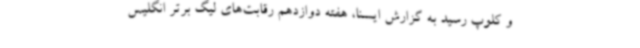
و کلوپ رسید به گزارش ایسنا، هفته دوازدهم رقابت‌های لیگ برتر انگلیس